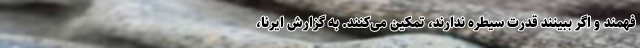
‌فهمند و اگر ببینند قدرت سیطره ندارند، تمکین می‌کنند. به گزارش ایرنا،